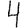
Digit: 4